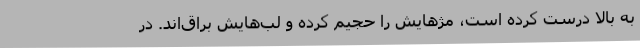
به بالا درست کرده است، مژهایش را حجیم کرده و لب‌هایش براق‌اند. در